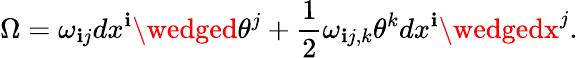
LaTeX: \Omega=\omega_{\mathbf{i}j}dx^{\mathbf{i}}\wedged\theta^{j}+\frac{1}{2}\omega_{\mathbf{i}j,k}\theta^{k}dx^{\mathbf{i}}\wedgedx^{j}.